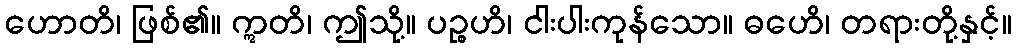
ဟောတိ၊ ဖြစ်၏။ ဣတိ၊ ဤသို့။ ပဉ္စဟိ၊ ငါးပါးကုန်သော။ ဓဟေိ၊ တရားတို့နှင့်။